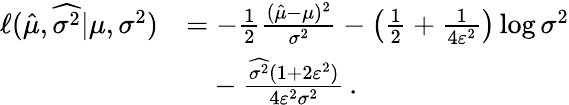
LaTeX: \begin{array}{rl}{\ell(\hat{\mu},\widehat{\sigma^{2}}|\mu,\sigma^{2})}&{=-\frac{1}{2}\frac{(\hat{\mu}-\mu)^{2}}{\sigma^{2}}-\left(\frac{1}{2}+\frac{1}{4\varepsilon^{2}}\right)\log{\sigma^{2}}}\\ &{\phantom{{=}}-\frac{\widehat{\sigma^{2}}(1+2\varepsilon^{2})}{4\varepsilon^{2}\sigma^{2}}\, .}\end{array}